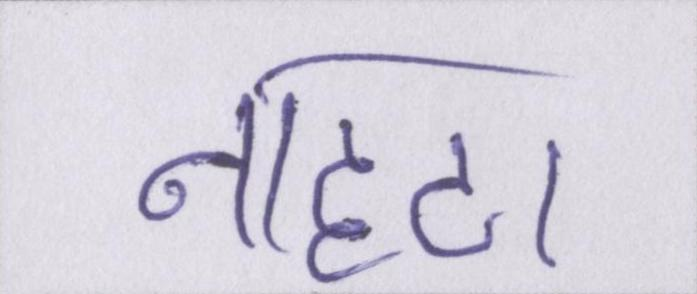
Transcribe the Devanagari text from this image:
नाहटा